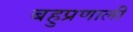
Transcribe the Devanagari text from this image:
बहुप्रणाली